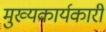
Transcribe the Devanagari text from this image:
मुख्यकार्यकारी